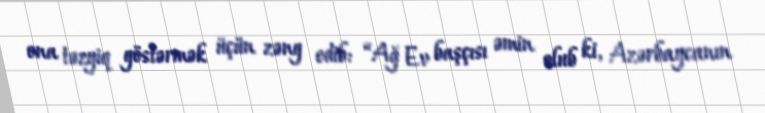
ona təzyiq göstərmək üçün zəng edib: “Ağ Ev başçısı əmin olub ki, Azərbaycanın